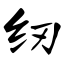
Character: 纫